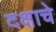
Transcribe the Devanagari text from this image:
दक्षाचे